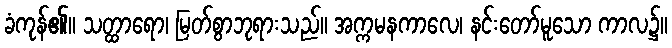
ခံကုန်၏။ သတ္ထာရော၊ မြတ်စွာဘုရားသည်။ အက္ကမနကာလေ၊ နင်းတော်မူသော ကာလ၌။